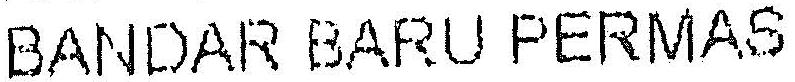
BANDAR BARU PERMAS